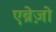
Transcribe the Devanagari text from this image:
एब्रेज़ो